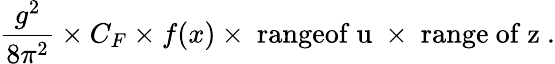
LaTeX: \frac{g^{2}}{8\pi^{2}}\times C_{F}\times f(x)\times\mathrm{\mathrm{~rangeof~u~}}\times\mathrm{\mathrm{~range~of~z~}}.